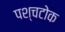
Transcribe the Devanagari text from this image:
पश्चटोक